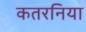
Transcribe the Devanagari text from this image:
कतरनिया